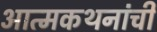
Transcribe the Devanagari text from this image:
आत्मकथनांची